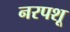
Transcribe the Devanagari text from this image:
नरपशू